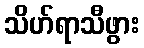
သိဟ်ရာသီဖွား